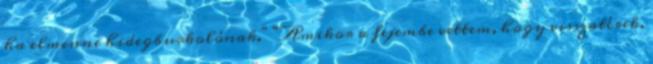
ha elmenne hidegburkolónak." "Amikor a fejembe vettem, hogy visszatérek,